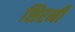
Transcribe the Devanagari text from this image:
सिरनी